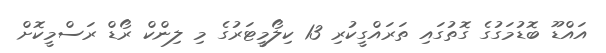
އައްޑޫ ބޮޑުމަގުގެ ގޮތުގައި ތަރައްގީކުރި 13 ކިލޯމީޓަރުގެ މި ލިންކް ރޯޑް ރަސްމީކޮށް